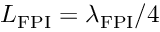
L _ { \mathrm { F P I } } = \lambda _ { \mathrm { F P I } } / 4